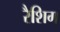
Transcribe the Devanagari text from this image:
रैशिग